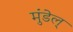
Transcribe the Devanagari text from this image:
मुंडेल्